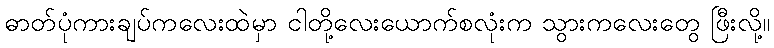
ဓာတ်ပုံကားချပ်ကလေးထဲမှာ ငါတို့လေးယောက်စလုံးက သွားကလေးတွေ ဖြီးလို့။